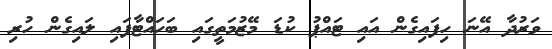
ވަރުދާ އޭނަ ހިފައިގެން އައި ޓައްޕު ކުޑަ މޭޒުމަތީގައި ބަހައްޓާފައި ލައިގެން ހުރި